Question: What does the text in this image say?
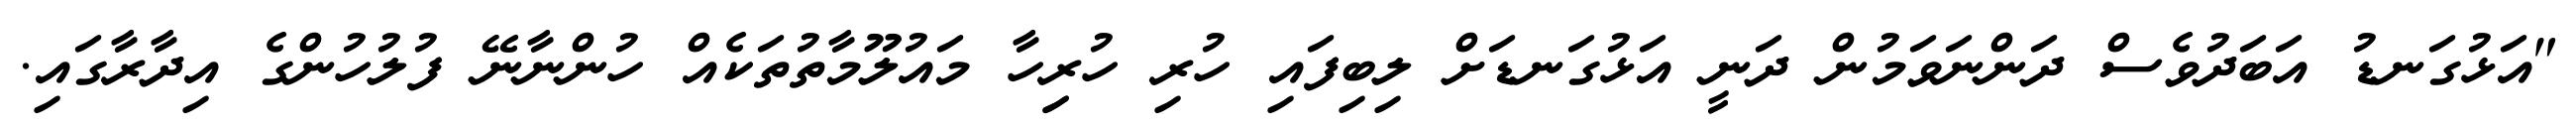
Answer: "އަޅުގަނޑު އަބަދުވެސް ދަންނަވަމުން ދަނީ އަޅުގަނޑަށް ލިބިފައި ހުރި ހުރިިހާ މައުލޫމާތުތަކެއް ހުންނާނޭ ފުލުހުންގެ އިދާރާގައި.